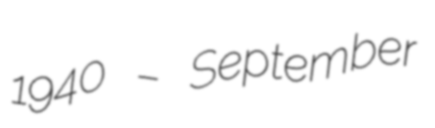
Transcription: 1940 – September